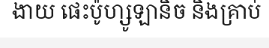
ងាយ ផេះប៉ូហ្សូឡានិច និងគ្រាប់